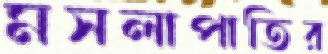
মসলাপাতির